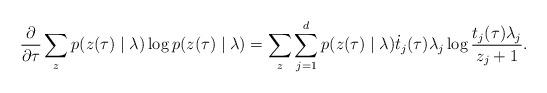
LaTeX: \begin{align*}\frac{\partial}{\partial \tau} & \sum_z p (z(\tau)\mid\lambda) \log p (z(\tau) \mid \lambda)= \sum_z \sum^d_{j=1} p ( z (\tau) \mid \lambda ) \dot{t}_j(\tau)\lambda_j \log \frac{t_j (\tau) \lambda_j}{z_j + 1}. \end{align*}